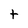
Character: t